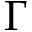
\Gamma